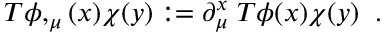
T \phi , _ { \mu } ( x ) \chi ( y ) : = \partial _ { \mu } ^ { x } \; T \phi ( x ) \chi ( y ) \; \; . \nonumber